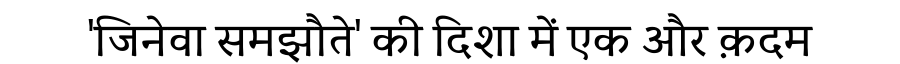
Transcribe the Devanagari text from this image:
'जिनेवा समझौते' की दिशा में एक और क़दम